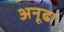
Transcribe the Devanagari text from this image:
अनूढा